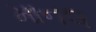
માનલ